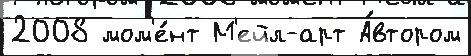
2008 мом'е́нт М'ейл-арт А́втором